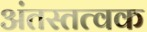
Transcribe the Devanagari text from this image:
अंतस्तत्वक